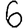
Digit: 6